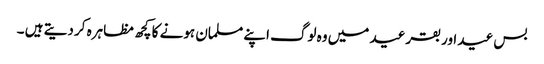
بس عید اور بقر عید میں وہ لوگ اپنے مسلمان ہونے کا کچھ مظاہرہ کر دیتے ہیں ۔